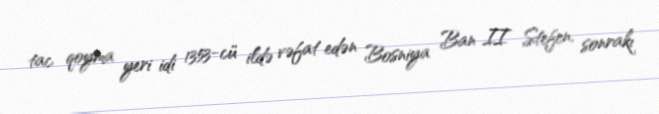
tac qoyma yeri idi 1353-cü ildə vəfat edən Bosniya Ban II Stefen, sonrakı